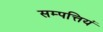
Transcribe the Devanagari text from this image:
सम्पत्तियं